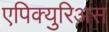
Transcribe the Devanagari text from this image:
एपिक्युरिअस